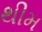
થીમ